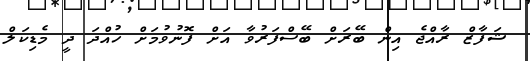
ޝަފާޒް ރާއްޖެ އިން ބޭރަށް ބޭސްފަރުވާ އަށް ފޮނުވުމަށް ހުއްދަ ދީ މެޑިކަލް